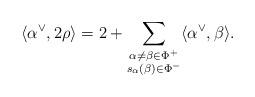
LaTeX: \begin{align*}\langle \alpha^\vee, 2\rho\rangle = 2+\sum_{\substack{\alpha \neq \beta\in \Phi^+\\s_\alpha(\beta)\in \Phi^-}}\langle\alpha^\vee, \beta\rangle.\end{align*}